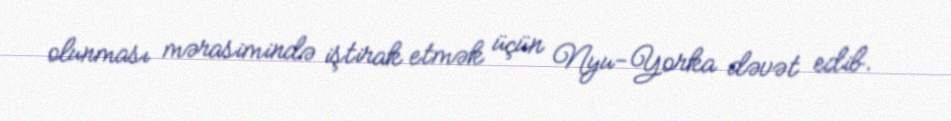
olunması mərasimində iştirak etmək üçün Nyu-Yorka dəvət edib.